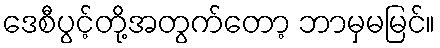
ဒေစီပွင့်တို့အတွက်တော့ ဘာမှမမြင်။